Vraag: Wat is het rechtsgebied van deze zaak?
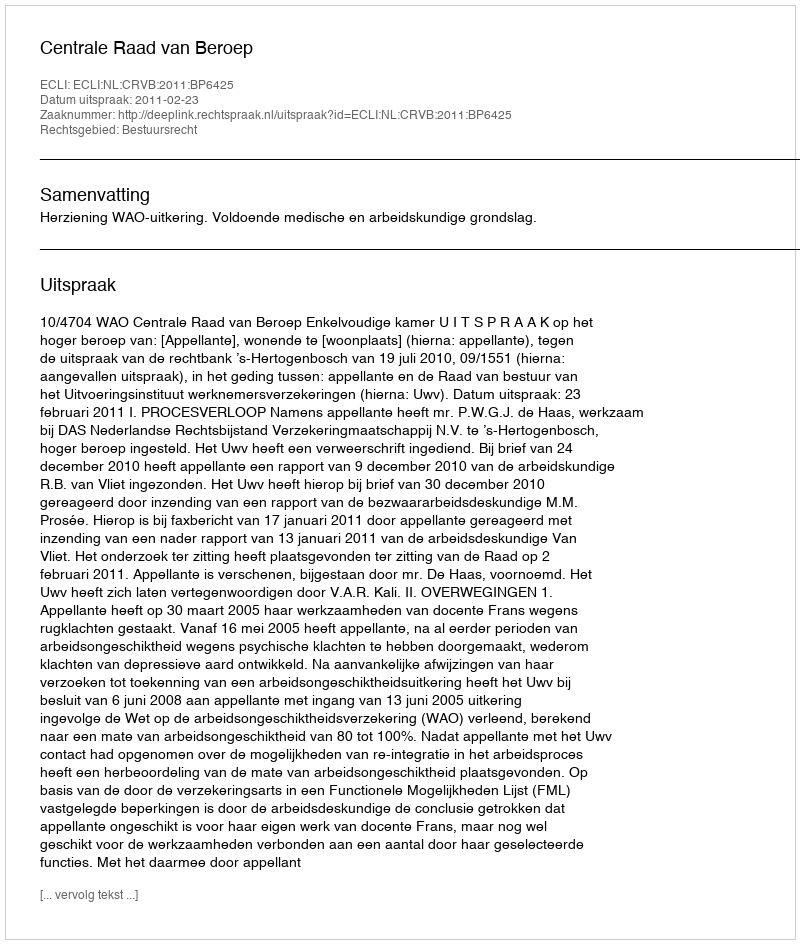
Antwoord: Bestuursrecht